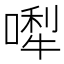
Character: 𠼐